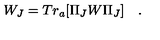
W _ { J } = T r _ { a } [ \Pi _ { J } W \Pi _ { J } ] \quad .